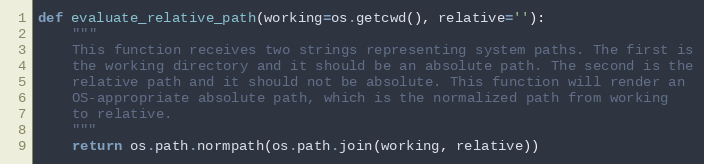
Language: Python
def evaluate_relative_path(working=os.getcwd(), relative=''):
    """
    This function receives two strings representing system paths. The first is
    the working directory and it should be an absolute path. The second is the
    relative path and it should not be absolute. This function will render an
    OS-appropriate absolute path, which is the normalized path from working
    to relative.
    """
    return os.path.normpath(os.path.join(working, relative))